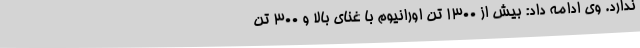
ندارد. وی ادامه داد: بیش از 1300 تن اورانیوم با غنای بالا و 300 تن